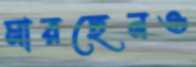
মারছেনও